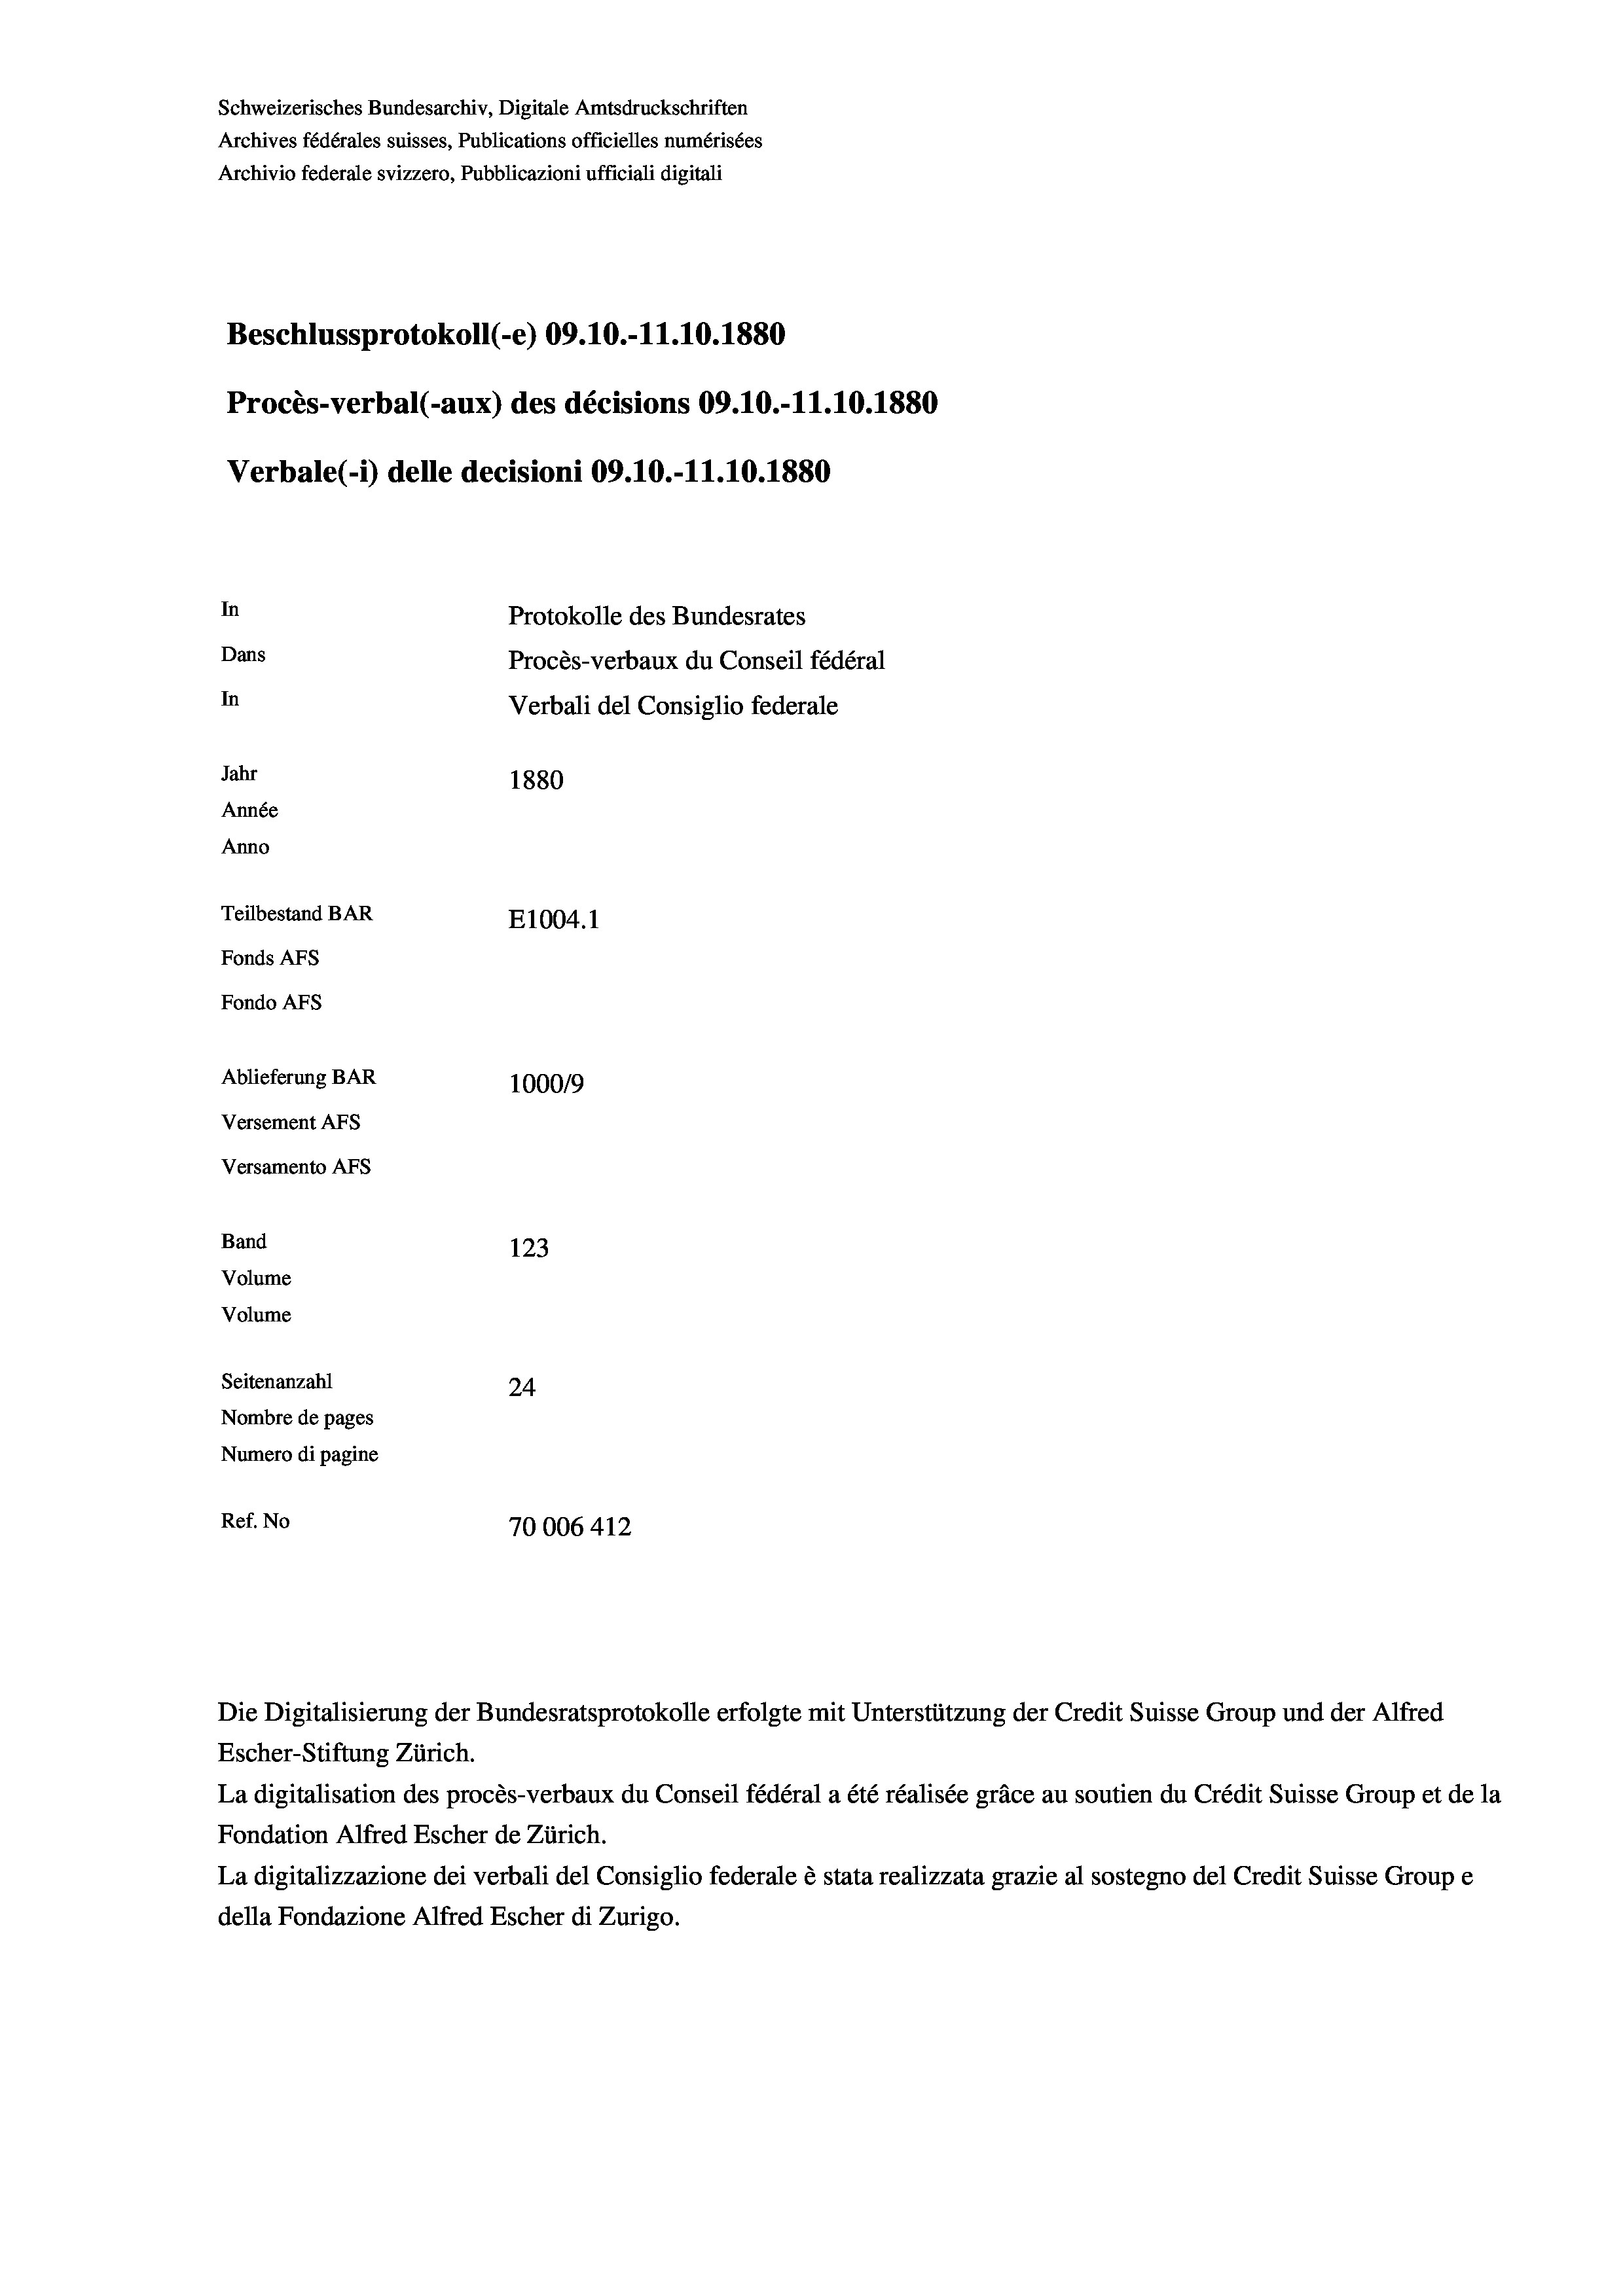
Schweizerisches Bundesarchiv, Digitale Amtsdruckschriften
Archives fédérales suisses, Publications officielles numérisées
Archivio federale svizzero, Pubblicazioni ufficiali digitali
Beschlussprotokoll (-e) 09.10.-11.10.1880
Procès-verbal (-aux) des décisions 09.10.-11.10.1880
Verbale(-*) delle decisioni 09.10.-11.10.1880
In
Protokolle des Bundesrates
Dans
Procès-verbaux du Conseil fédéral
In
Verbali del Consiglio federale
Jahr
1880
Année
Anno
Teilbestand BAR
E1004.1
Fonds AFs
Fondo AFs
Ablieferung BAR
100019
Versement AFs
Versamento AFs
Band
123
Volume
Volume

Seitenanzahl
24
Nombre de pages
Numero di pagine
Ref. No
70006 412

Die Digitalisierung der Bundesratsprotokolle erfolgte mit Unterstützung der Credit Suisse Group und der Alfred
Escher-Stiftung Zürich.
La digitalisation des procès-verbaux du Conseil fédéral a été réalisée gräce au soutien du Crédit Suisse Group et de la
Fondation Alfred Escher de Zürich.
La digitalizzazione dei verbali del Consiglio federale è stata realizzata grazie al sostegno del Credit Suisse Groupe
della Fondazione Alfred Escher di Zurigo.